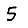
Digit: 5